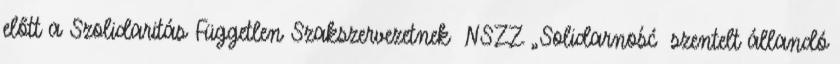
előtt a Szolidaritás Független Szakszervezetnek NSZZ „Solidarność szentelt állandó